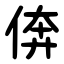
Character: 倴